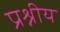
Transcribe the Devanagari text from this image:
प्रश्नीय